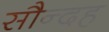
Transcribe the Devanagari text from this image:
सौन्दह